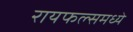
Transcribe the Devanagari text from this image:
रायफल्समध्ये